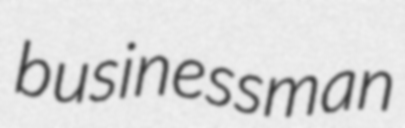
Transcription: businessman